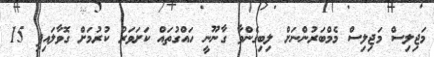
މަޖިލިސް މަޖިލިސް މެމްބަރުންނަށް ލިބިގެންވާ ގާނޫނީ ހައްގުތައް ކަށަވަރު ކުރުމަށް ގޮވާލައިފި 15